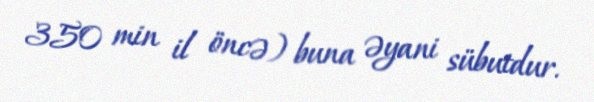
350 min il öncə) buna əyani sübutdur.